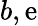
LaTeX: b,\mathrm{e}